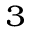
^ { 3 }